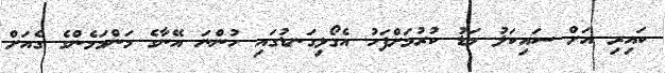
ކައިރި އަށް ސައިކަލު މަޑު ކުރުމަށްފަހު އެގޯޅިގަނޑުގައި ހުންނަ އޭނާގެ މަންމަމެންގެ ގެއަށް